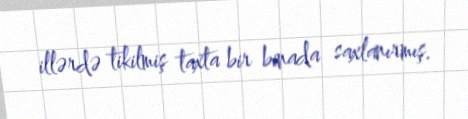
illərdə tikilmiş taxta bir binada saxlanırmış.